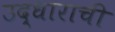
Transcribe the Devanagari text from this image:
उद्धाराची